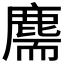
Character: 𪊫